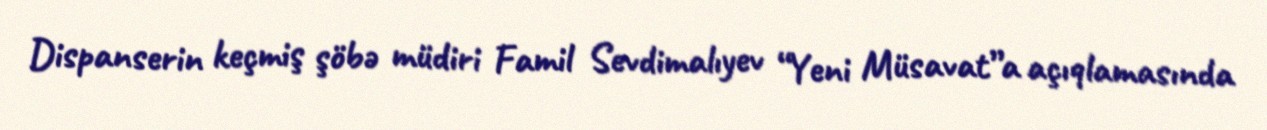
Dispanserin keçmiş şöbə müdiri Famil Sevdimalıyev “Yeni Müsavat”a açıqlamasında